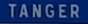
TANGER